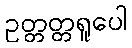
ဥတ္တတ္တရူပေါ